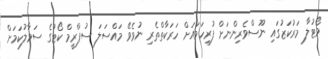
ވޯޓުލާ މަރުކަޒުގައި ނޫސްވެރިންނަށް ފުރިހަމައަށް ހަރަކާތްތެރި ނުވެވޭ މައްސަލަ ސުޕްރީމް ކޯޓުގެ ސަމާލުކަމަށް